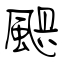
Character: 颶